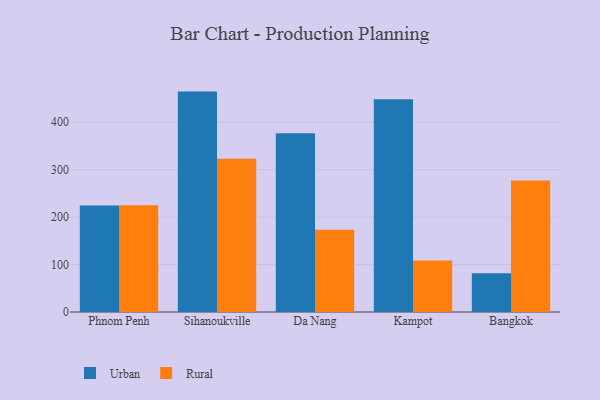
{"axis": {"x": "City", "y": "Customer Acquisition Cost (USD)"}, "legend": ["Rural", "Urban"], "data": [{"x": "Phnom Penh", "y": 224.3, "type": "Urban"}, {"x": "Phnom Penh", "y": 225.0, "type": "Rural"}, {"x": "Sihanoukville", "y": 464.6, "type": "Urban"}, {"x": "Sihanoukville", "y": 323.0, "type": "Rural"}, {"x": "Da Nang", "y": 376.7, "type": "Urban"}, {"x": "Da Nang", "y": 173.6, "type": "Rural"}, {"x": "Kampot", "y": 448.4, "type": "Urban"}, {"x": "Kampot", "y": 108.5, "type": "Rural"}, {"x": "Bangkok", "y": 81.6, "type": "Urban"}, {"x": "Bangkok", "y": 277.3, "type": "Rural"}]}